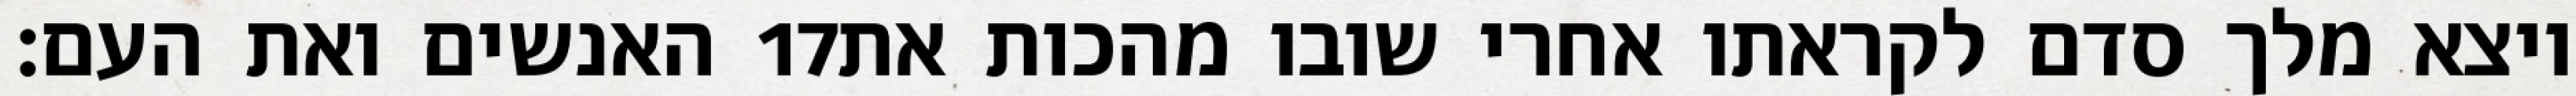
האנשים ואת העם׃ ‎17‏ ויצא מלך סדם לקראתו אחרי שובו מהכות את